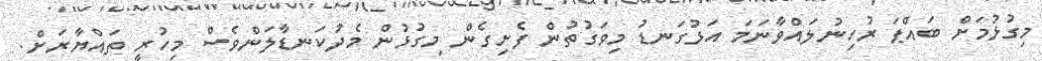
މިގުޅުމަށް ބައްޕަ ރުހިނުލައްވާނަމަ އަޅުގަނޑު މިވަގުތުން ފެށިގެން މިގުޅުން މެދުކަނޑާލަންވެސް މިހުރީ ތައްޔާރަށް.